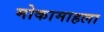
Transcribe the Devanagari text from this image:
मोकामाहला